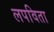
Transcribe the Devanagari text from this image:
लपविता